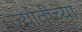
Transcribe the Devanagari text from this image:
ज्योतीच्या